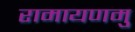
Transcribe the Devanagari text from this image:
रामायणमु